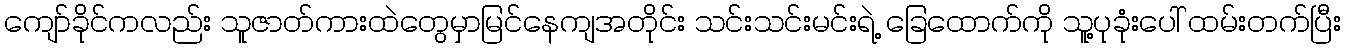
ကျော်ခိုင်ကလည်း သူဇာတ်ကားထဲတွေမှာမြင်နေကျအတိုင်း သင်းသင်းမင်းရဲ့ ခြေထောက်ကို သူ့ပုခုံးပေါ် ထမ်းတက်ပြီး